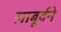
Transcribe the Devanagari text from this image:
लाबूर्दने